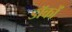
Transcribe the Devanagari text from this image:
डॉकों